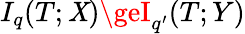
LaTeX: I_{q}(T;\mathit{X})\geI_{q^{\prime}}(T;Y)